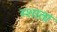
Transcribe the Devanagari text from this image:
म्शाता